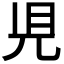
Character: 𧠇